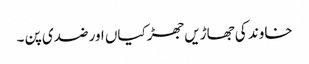
خاوند کی جھاڑیں جھڑکیاں اور ضدی پن ۔